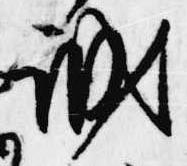
誠